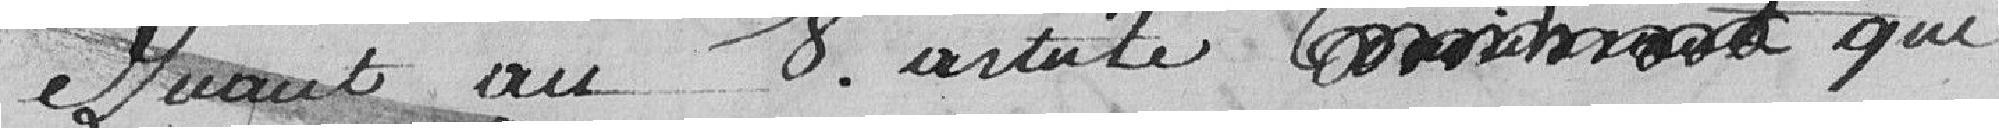
Quant au 8e article que